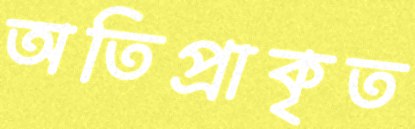
অতিপ্রাকৃত